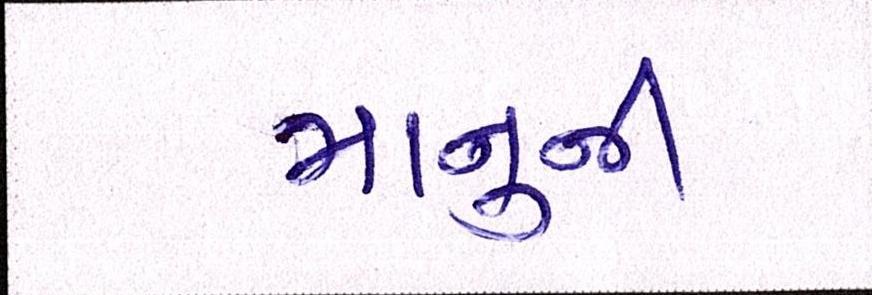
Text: માનુની